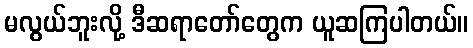
မလွယ်ဘူးလို့ ဒီဆရာတော်တွေက ယူဆကြပါတယ်။